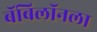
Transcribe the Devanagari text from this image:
बॅबिलॉनला